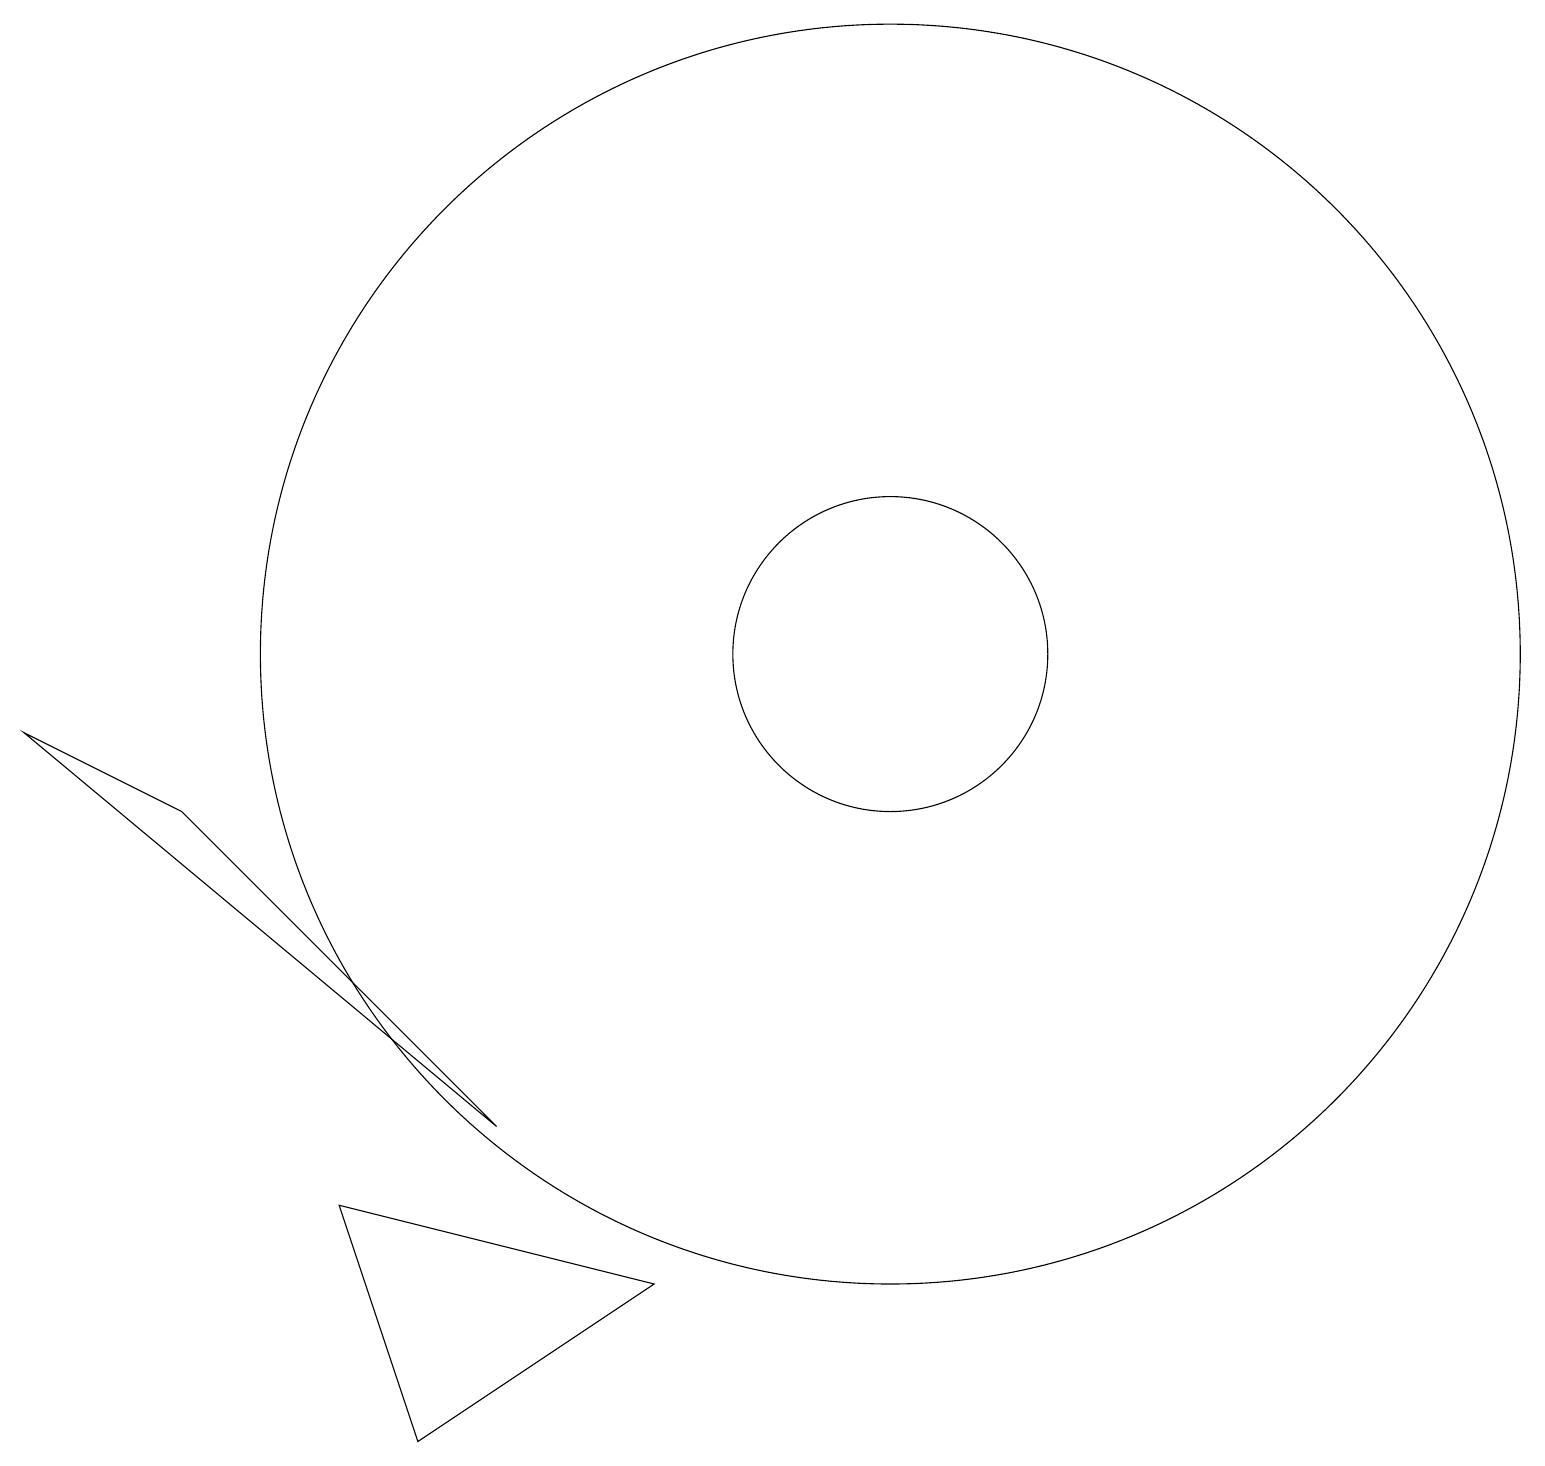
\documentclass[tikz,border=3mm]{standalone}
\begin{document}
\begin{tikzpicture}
\draw (12,10) circle (8);
\draw (12,10) circle (2);
\draw (1,9) -- (3,8) -- (7,4) -- cycle;
\draw (6,0) -- (9,2) -- (5,3) -- cycle;
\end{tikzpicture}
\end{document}